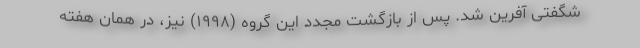
شگفتی آفرین شد. پس از بازگشت مجدد این گروه (۱۹۹۸) نیز، در همان هفته